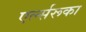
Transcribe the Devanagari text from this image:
एर्ल्सरूका